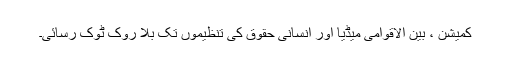
کمیشن ، بین الاقوامی میڈیا اور انسانی حقوق کی تنظیموں تک بلا روک ٹوک رسائی۔